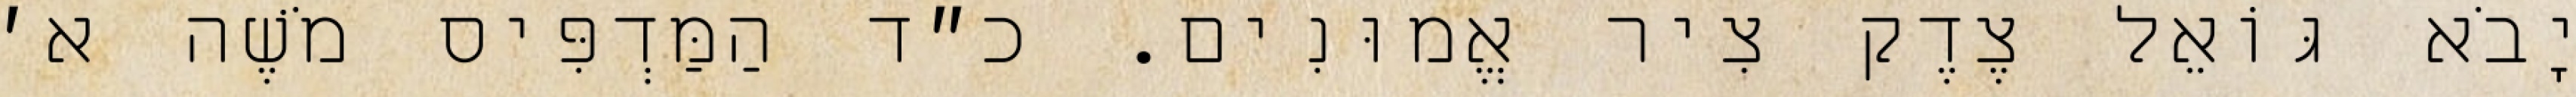
יָבֹא גּוֹאֵל צֶדֶק צִיר אֱמוּנִים. כ״ד הַמַּדְפִּיס מֹשֶׁה א׳